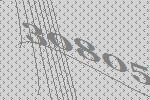
30805